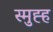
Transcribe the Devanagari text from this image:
स्मुह्ह